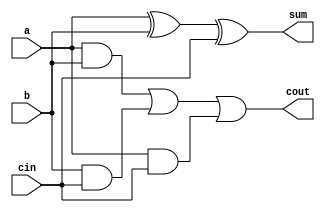
module full_adder(input a, b, cin, output sum, cout);

    // gate-level implementation
    // wire s1, c1, c2;

    // half_adder ha1(a, b, s1, c1);
    // half_adder ha2(s1, cin, sum, c2);
    // or(cout, c1, c2);

    // -----------------------------------------------------

    // dataflow implementation
    assign sum = a ^ b ^ cin;
    assign cout = (a & b) | (b & cin) | (a & cin);

endmodule